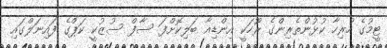
ޓީމުގެ ހުރިހާ ކުޅުންތެރިންގެ ރޫހަކީ އިންޑިއާ ބަލިކޮށްފަ ސާފް ސުޒުކީ ކަޕްގެ ފައިނަލްގައި